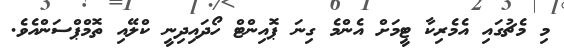
މި މެޗުގައި އެމެރިކާ ޓީމަށް އެންމެ ގިނަ ޕޮއިންޓް ހޯދައިދިނީ ކްލޭއި ތޮމްޕްސަންއެވެ.